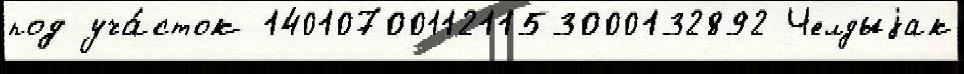
под уча́сток 140107001121153000132892 Челдыjак